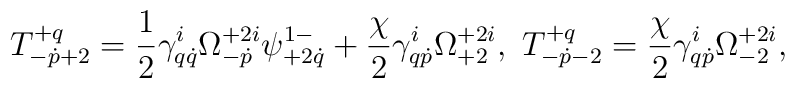
T^{+q}_{-\dot p+2}=\frac12\gamma^i_{q\dot q}\Omega^{+2i}_{-\dot p}\psi^{1-}_{+2\dot q}+\frac{\chi}{2}\gamma^i_{q\dot p}\Omega^{+2i}_{+2},\ T^{+q}_{-\dot p-2}=\frac{\chi}{2}\gamma^i_{q\dot p}\Omega^{+2i}_{-2},